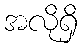
အလိုရှိ